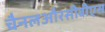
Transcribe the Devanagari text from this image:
चैनलऔरसीबीएस